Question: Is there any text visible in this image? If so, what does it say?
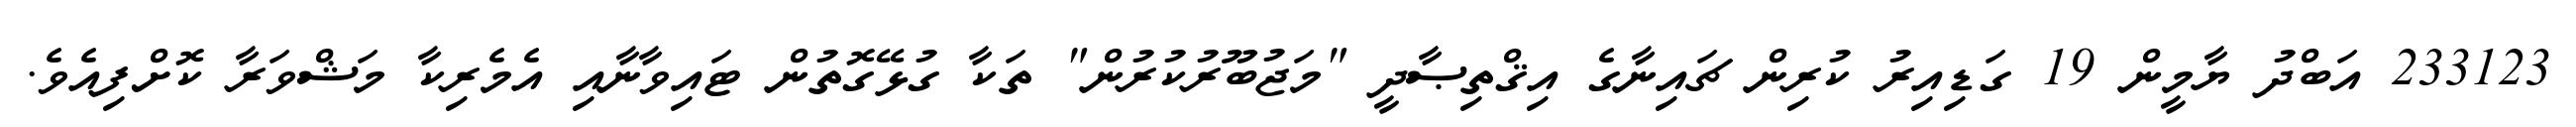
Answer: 233123 އަބްދު ޔާމީން 19 ގަޑިއިރު ކުރިން ޗައިނާގެ އިޤްތިޞާދީ "މަޖުބޫރުކުރުން" ތަކާ ގުޅޭގޮތުން ޓައިވާނާއި އެމެރިކާ މަޝްވަރާ ކޮށްފިއެވެ.